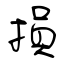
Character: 損